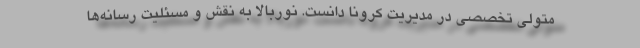
متولی تخصصی در مدیریت کرونا دانست. نوربالا به نقش و مسئلیت رسانه‌ها